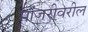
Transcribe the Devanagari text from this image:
मांजरीवरील